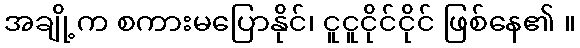
အချို့က စကားမပြောနိုင်၊ ငူငူငိုင်ငိုင် ဖြစ်နေ၏ ။